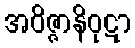
အဝိဇ္ဇာနိဝုဋာ